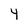
Character: 4